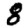
Digit: 8